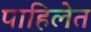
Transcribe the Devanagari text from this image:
पाहिलेत